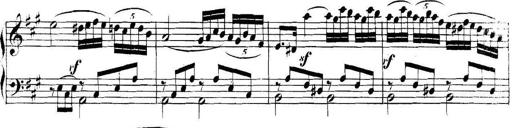
Title: Collected Piano Sonatas
Composer: Muzio Clementi